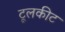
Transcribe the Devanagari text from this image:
टूलकीट